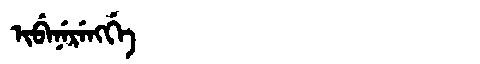
Manchu: ᡳᠪᡝᠨᡝᡵᡝᠩᡤᡝ
Romanization: IBENERENGGE